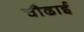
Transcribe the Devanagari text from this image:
चौढाई